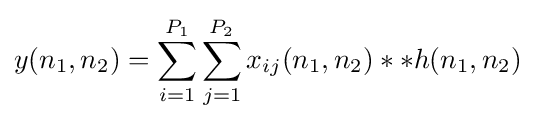
y(n_{1},n_{2})=\sum _{i=1}^{P_{1}}\sum _{j=1}^{P_{2}}x_{ij}(n_{1},n_{2})**h(n_{1},n_{2})